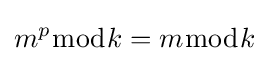
m^{p}{\bmod {k}}=m{\bmod {k}}